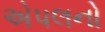
એપલનો